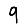
Digit: 9